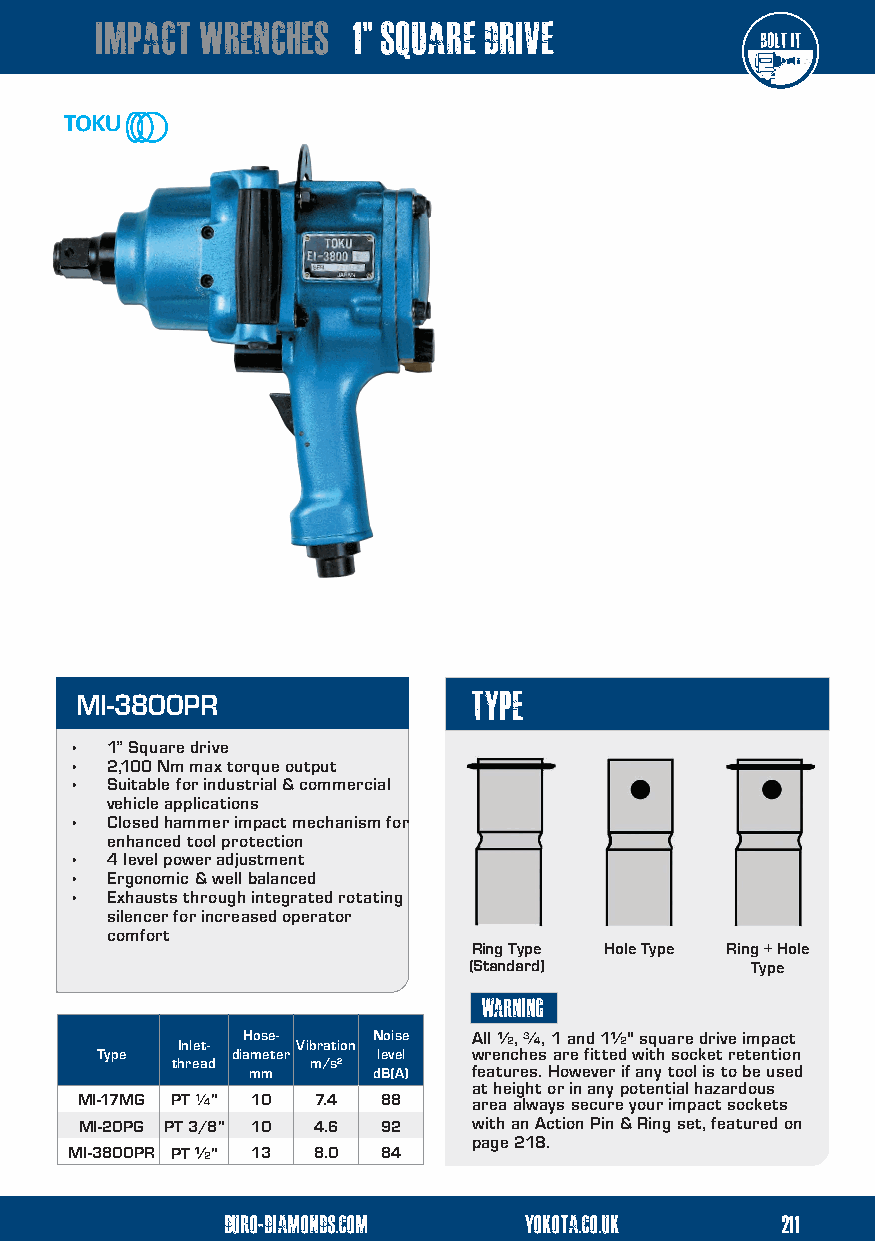
impact wrenches  1” square drive
 type
 MI-3800PR
 • 1” Square drive
 • 2,100 Nm max torque output
 • Suitable for industrial & commercial
 vehicle applications
 • Closed hammer impact mechanism for
 enhanced tool protection
 • 4 level power adjustment
 • Ergonomic & well balanced
 • Exhausts through integrated rotating
 silencer for increased operator
 comfort
 Ring Type Hole Type Ring + Hole
 (Standard)         Type
 warning
 Hose-    Noise All ½, ¾, 1 and 1½" square drive impact
 Inlet-  Vibration
 Type     diameter  level wrenches are fitted with socket retention
 thread mm m/s² dB(A) features. However if any tool is to be used
 at height or in any potential hazardous
 MI-17MG PT ¼" 10 7.4 88   area always secure your impact sockets
 MI-20PG PT 3/8" 10 4.6 92 with an Action Pin & Ring set, featured on
 page 218.
 MI-3800PR PT ½" 13 8.0 84
 duro-diam odnudrso.-cdoimam o n d s .com yokotyao.ckoo.utka .co.uk 21121